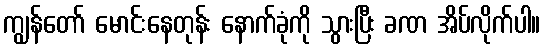
ကျွန်တော် မောင်းနေတုန်း နောက်ခုံကို သွားပြီး ခဏ အိပ်လိုက်ပါ။